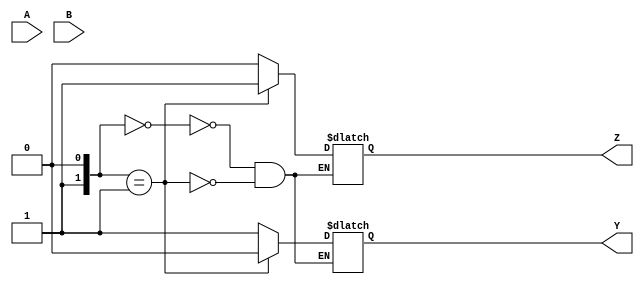
module MooreStateMachine (
    input A,
    input B,
    output reg Z,
    output reg Y
);

// Define states
parameter STATE_0 = 2'b00;
parameter STATE_1 = 2'b01;

// Define state register
reg [1:0] state_reg;
reg [1:0] next_state;

always @(posedge clk) begin
    case(state_reg)
        STATE_0: begin
            if (A & !B)
                next_state = STATE_1;
            else
                next_state = STATE_0;
        end
        STATE_1: begin
            if (!A & B)
                next_state = STATE_0;
            else
                next_state = STATE_1;
        end
    endcase
end

// Output logic
always @(*) begin
    case(state_reg)
        STATE_0: begin
            Z = 0;
            Y = 1;
        end
        STATE_1: begin
            Z = 1;
            Y = 0;
        end
    endcase
end

endmodule